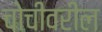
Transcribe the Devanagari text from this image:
चोचीवरील